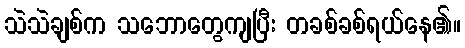
သဲသဲချစ်က သဘောတွေကျပြီး တခစ်ခစ်ရယ်နေ၏။